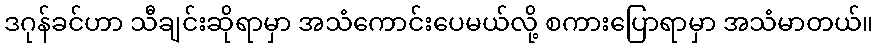
ဒဂုန်ခင်ဟာ သီချင်းဆိုရာမှာ အသံကောင်းပေမယ်လို့ စကားပြောရာမှာ အသံမာတယ်။